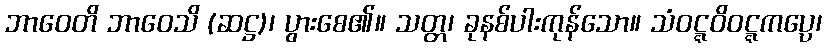
ဘာဝေတိ ဘာဝေသိ (ဆဋ္ဌ)၊ ပွားစေ၏။ သတ္တ၊ ခုနစ်ပါးကုန်သော။ သံဝဋ္ဋဝိဝဋ္ဋကပ္ပေ၊